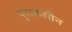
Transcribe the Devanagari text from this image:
पुराकलीन